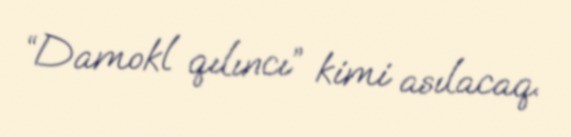
“Damokl qılıncı” kimi asılacaq.